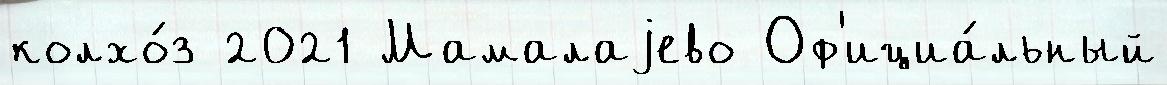
колхо́з 2021 Мамалаjево Оф'ициа́льный